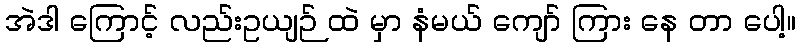
အဲဒါ ကြောင့် လည်းဥယျဉ် ထဲ မှာ နံမယ် ကျော် ကြား နေ တာ ပေါ့။